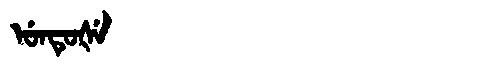
Manchu: ᡠᠨᡨᡠᡧᡝ
Romanization: UNTUŠE